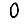
Digit: 0